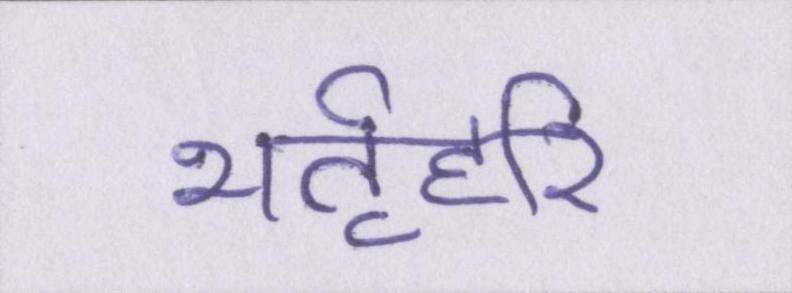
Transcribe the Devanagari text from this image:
भर्तृहरि